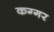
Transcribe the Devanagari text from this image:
कग्गर